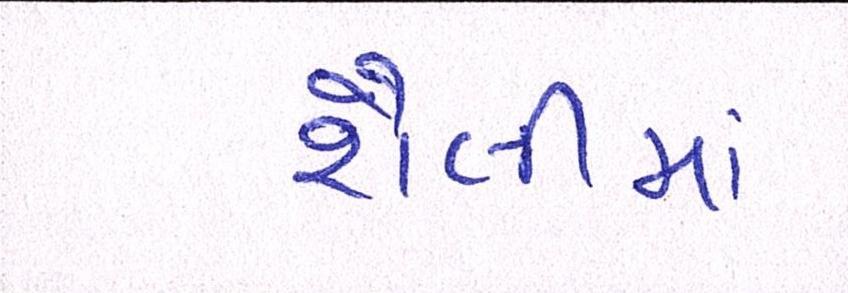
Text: શૈલીમાં